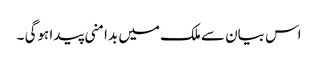
اس بیان سے ملک میں بدامنی پیدا ہوگی ۔